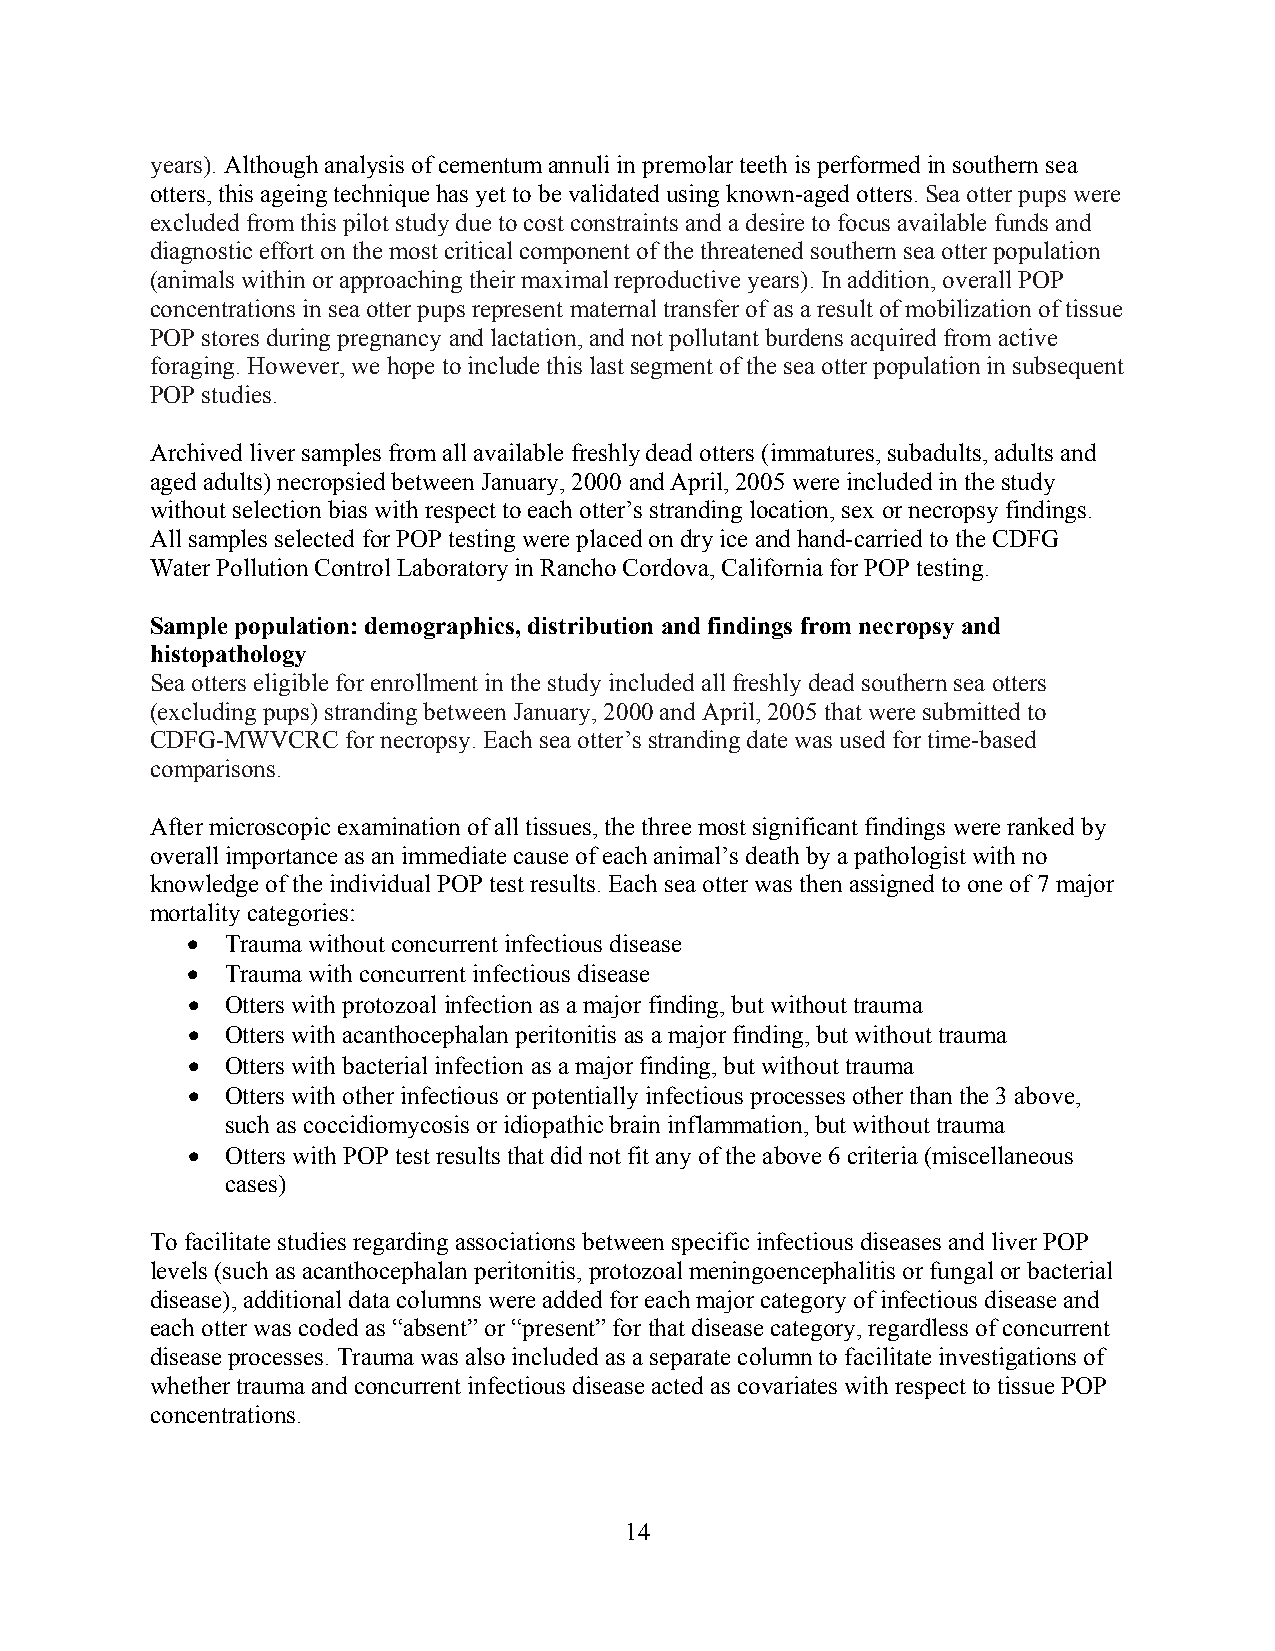
years). Although analysis of cementum annuli in premolar teeth is performed in southern sea
 otters, this ageing technique has yet to be validated using known-aged otters. Sea otter pups were
 excluded from this pilot study due to cost constraints and a desire to focus available funds and
 diagnostic effort on the most critical component of the threatened southern sea otter population
 (animals within or approaching their maximal reproductive years). In addition, overall POP
 concentrations in sea otter pups represent maternal transfer of as a result of mobilization of tissue
 POP stores during pregnancy and lactation, and not pollutant burdens acquired from active
 foraging. However, we hope to include this last segment of the sea otter population in subsequent
 POP studies.
 Archived liver samples from all available freshly dead otters (immatures, subadults, adults and
 aged adults) necropsied between January, 2000 and April, 2005 were included in the study
 without selection bias with respect to each otter’s stranding location, sex or necropsy findings.
 All samples selected for POP testing were placed on dry ice and hand-carried to the CDFG
 Water Pollution Control Laboratory in Rancho Cordova, California for POP testing.
 Sample population: demographics, distribution and findings from necropsy and
 histopathology
 Sea otters eligible for enrollment in the study included all freshly dead southern sea otters
 (excluding pups) stranding between January, 2000 and April, 2005 that were submitted to
 CDFG-MWVCRC  for necropsy. Each sea otter’s stranding date was used for time-based
 comparisons.
 After microscopic examination of all tissues, the three most significant findings were ranked by
 overall importance as an immediate cause of each animal’s death by a pathologist with no
 knowledge of the individual POP test results. Each sea otter was then assigned to one of 7 major
 mortality categories:
 •  Trauma without concurrent infectious disease
 •  Trauma with concurrent infectious disease
 •  Otters with protozoal infection as a major finding, but without trauma
 •  Otters with acanthocephalan peritonitis as a major finding, but without trauma
 •  Otters with bacterial infection as a major finding, but without trauma
 •  Otters with other infectious or potentially infectious processes other than the 3 above,
 such as coccidiomycosis or idiopathic brain inflammation, but without trauma
 •  Otters with POP test results that did not fit any of the above 6 criteria (miscellaneous
 cases)
 To facilitate studies regarding associations between specific infectious diseases and liver POP
 levels (such as acanthocephalan peritonitis, protozoal meningoencephalitis or fungal or bacterial
 disease), additional data columns were added for each major category of infectious disease and
 each otter was coded as “absent” or “present” for that disease category, regardless of concurrent
 disease processes. Trauma was also included as a separate column to facilitate investigations of
 whether trauma and concurrent infectious disease acted as covariates with respect to tissue POP
 concentrations.
 14